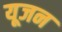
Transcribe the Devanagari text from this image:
यूजन